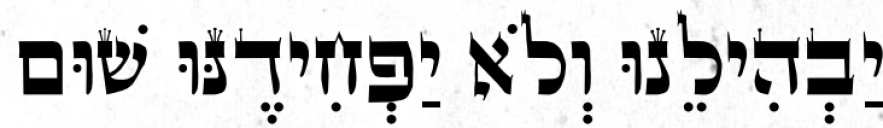
יַבְהִילֵנוּ וְלֹא יַפְחִידֶנּוּ שׁוּם